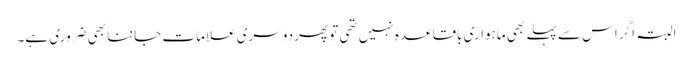
البتہ اگر اس سے پہلے بھی ماہواری باقاعدہ نہیں تھی تو پھر دوسری علامات جاننا بھی ضروری ہے۔